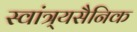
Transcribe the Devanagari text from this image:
स्वांत्र्यसैनिक